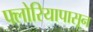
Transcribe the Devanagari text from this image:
फ्लोरियापासून